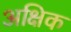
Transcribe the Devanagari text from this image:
अक्षिक